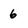
Character: 6